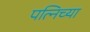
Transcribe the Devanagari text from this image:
पत्निच्या